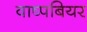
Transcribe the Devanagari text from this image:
वाष्पबियर